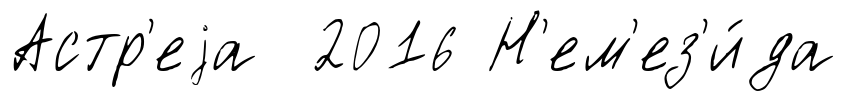
Астр'еjа 2016 Н'ем'ез'и́да